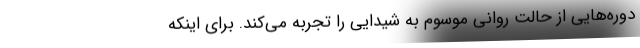
دوره‌هایی از حالت روانی موسوم به شیدایی را تجربه می‌کند. برای اینکه